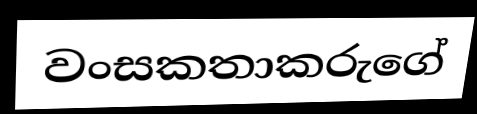
වංසකතාකරුගේ